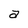
Character: a